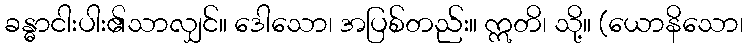
ခန္ဓာငါးပါး၏သာလျှင်။ ဒေါသော၊ အပြစ်တည်း။ ဣတိ၊ သို့။ (ယောနိသော၊